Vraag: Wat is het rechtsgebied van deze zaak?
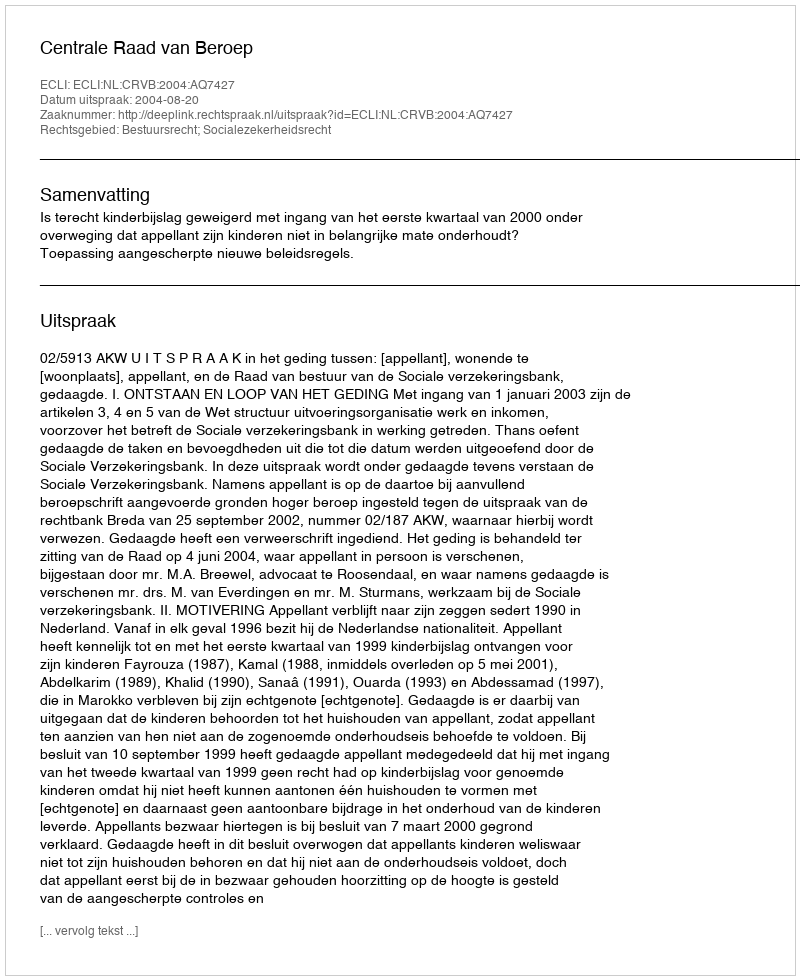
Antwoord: Bestuursrecht; Socialezekerheidsrecht